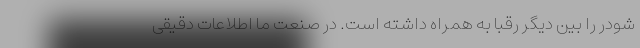
شودر را بین دیگر رقبا به همراه داشته است. در صنعت ما اطلاعات دقیقی